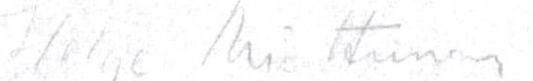
Helge Miettunen